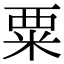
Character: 粟